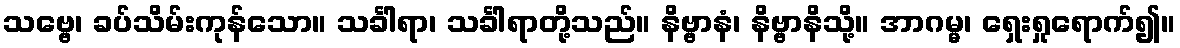
သဗ္ဗေ၊ ခပ်သိမ်းကုန်သော။ သင်္ခါရာ၊ သင်္ခါရာတို့သည်။ နိဗ္ဗာနံ၊ နိဗ္ဗာနိသို့။ အာဂမ္မ၊ ရှေးရှုရောက်၍။